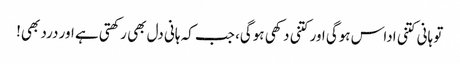
تو ہانی کتنی اداس ہوگی اور کتنی دکھی ہوگی، جب کہ ہانی دل بھی رکھتی ہے اور درد بھی!